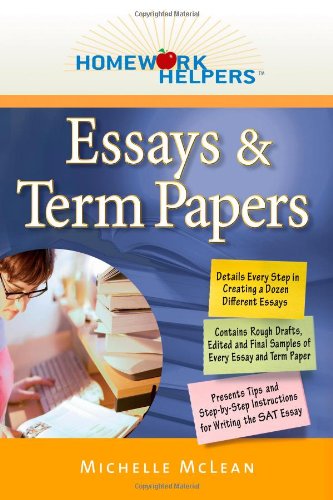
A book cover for Homework Helpers: Essays & Term Papers (Homework Helpers (Career Press)); Michelle McLean; Test Preparation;